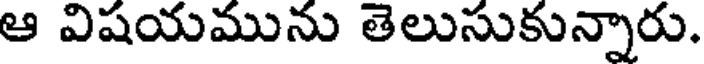
ఆ విషయమును తెలుసుకున్నారు.